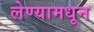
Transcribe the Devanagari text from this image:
लेण्यामधून